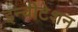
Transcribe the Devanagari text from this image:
इन्वीटेशन